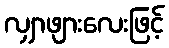
လျှာဖျားလေးဖြင့်